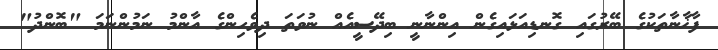
ފާޚާނާތަކުގެ ބޭރުގައި ގޮނޑިއަޅައިގެން އިންނާނީ ބިދޭސީއެއް ނުވަތަ ދިވެހިންގެ އާންމު ނަމުންނަމަ "ބޮންދު"